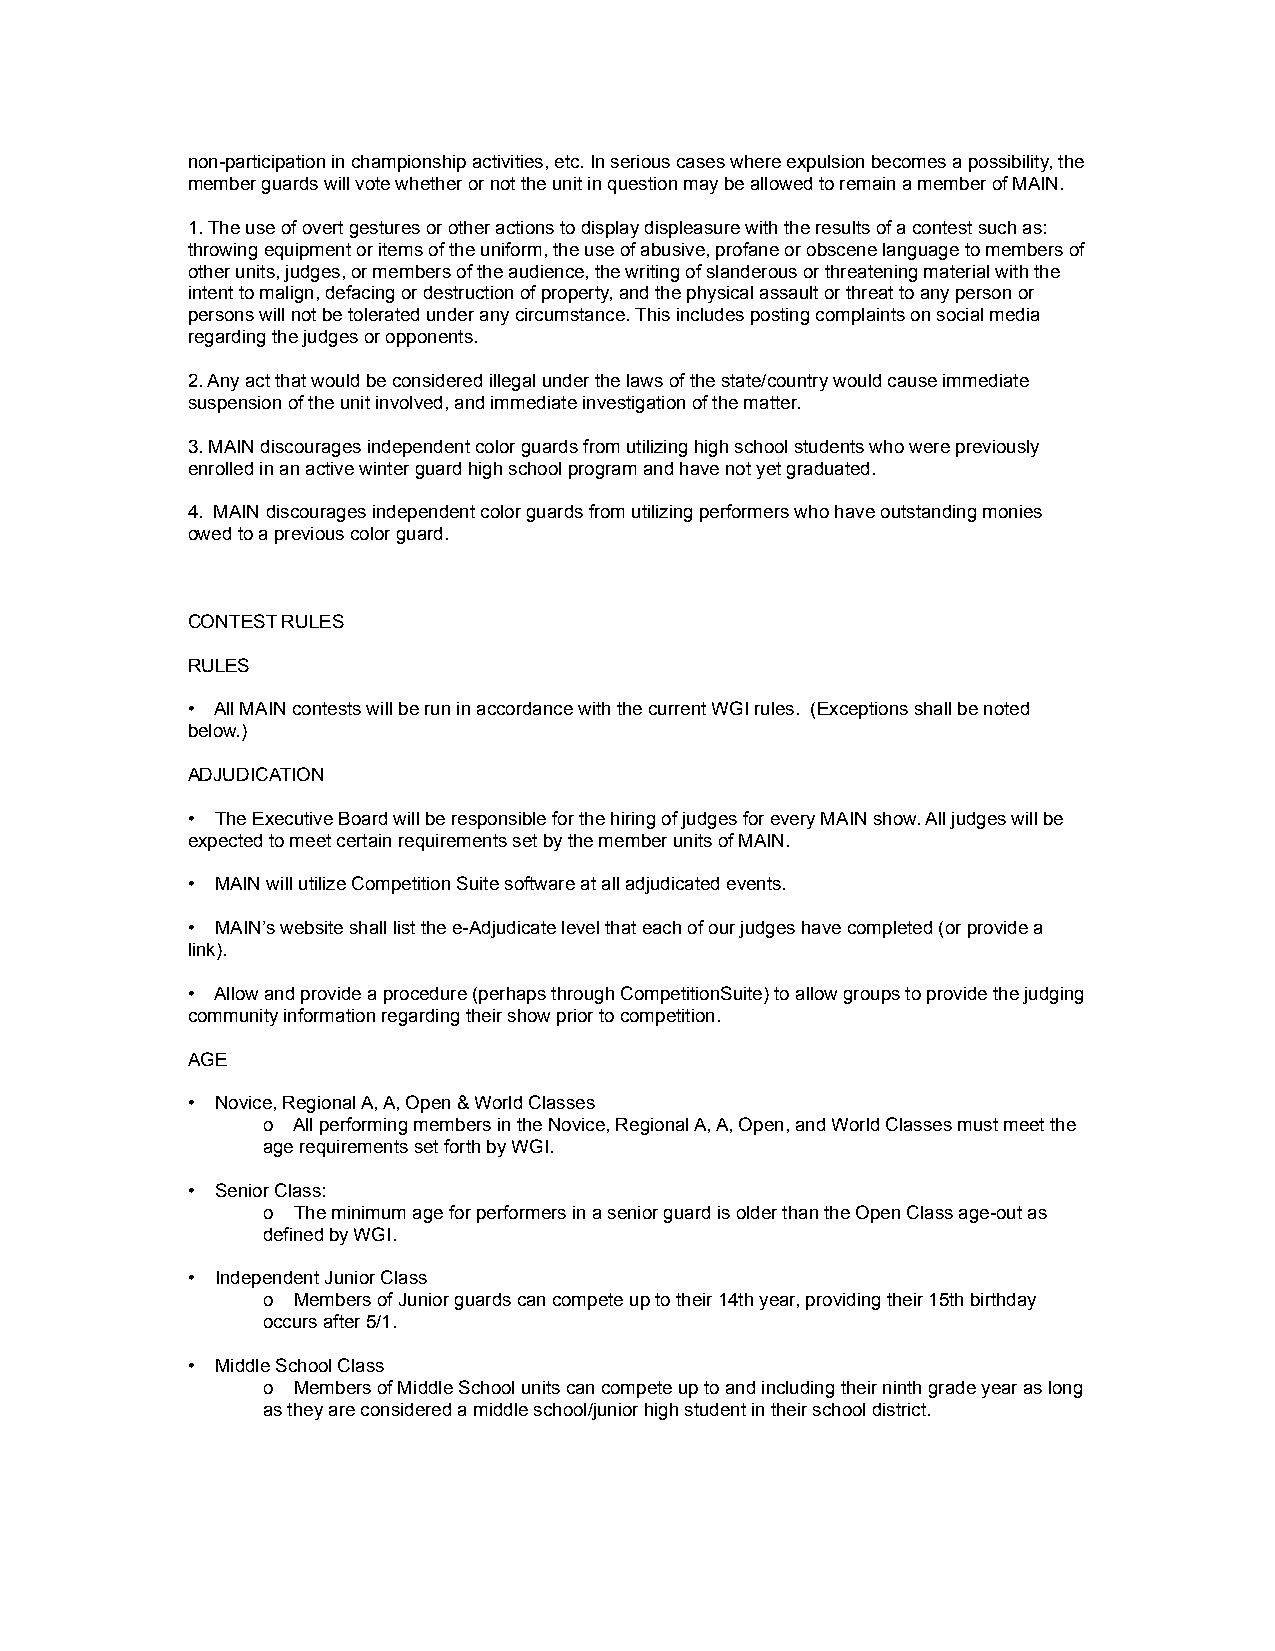
non-participation in championship activities, etc. In serious cases where expulsion becomes a possibility, the
 member guards will vote whether or not the unit in question may be allowed to remain a member of MAIN.
 1. The use of overt gestures or other actions to display displeasure with the results of a contest such as:
 throwing equipment or items of the uniform, the use of abusive, profane or obscene language to members of
 other units, judges, or members of the audience, the writing of slanderous or threatening material with the
 intent to malign, defacing or destruction of property, and the physical assault or threat to any person or
 persons will not be tolerated under any circumstance. This includes posting complaints on social media
 regarding the judges or opponents.
 2. Any act that would be considered illegal under the laws of the state/country would cause immediate
 suspension of the unit involved, and immediate investigation of the matter.
 3. MAIN discourages independent color guards from utilizing high school students who were previously
 enrolled in an active winter guard high school program and have not yet graduated.
 4. MAIN discourages independent color guards from utilizing performers who have outstanding monies
 owed to a previous color guard.
 CONTEST RULES
 RULES
 • All MAIN contests will be run in accordance with the current WGI rules. (Exceptions shall be noted
 below.)
 ADJUDICATION
 • The Executive Board will be responsible for the hiring of judges for every MAIN show. All judges will be
 expected to meet certain requirements set by the member units of MAIN.
 • MAIN will utilize Competition Suite software at all adjudicated events.
 • MAIN’s website shall list the e-Adjudicate level that each of our judges have completed (or provide a
 link).
 • Allow and provide a procedure (perhaps through CompetitionSuite) to allow groups to provide the judging
 community information regarding their show prior to competition.
 AGE
 • Novice, Regional A, A, Open & World Classes
 o All performing members in the Novice, Regional A, A, Open, and World Classes must meet the
 age requirements set forth by WGI.
 • Senior Class:
 o The minimum age for performers in a senior guardis older than the Open Class age-out as
 defined by WGI.
 • Independent Junior Class
 o Members of Junior guards can compete up to their 14th year, providing their 15th birthday
 occurs after 5/1.
 • Middle School Class
 o Members of Middle School units can compete up to and including their ninth grade year as long
 as they are considered a middle school/junior high student in their school district.